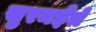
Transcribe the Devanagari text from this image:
सुरमईचे